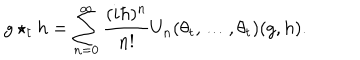
LaTeX: g \star _ { t } h = \sum _ { n = 0 } ^ { \infty } \frac { ( i \hbar ) ^ { n } } { n ! } U _ { n } ( \theta _ { t } , \ldots , \theta _ { t } ) ( g , h ) .